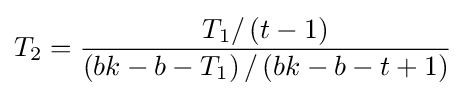
T_{2}={\frac {T_{1}/\left(t-1\right)}{\left(bk-b-T_{1}\right)/\left(bk-b-t+1\right)}}